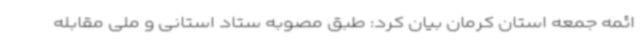
ائمه جمعه استان کرمان بیان کرد: طبق مصوبه ستاد استانی و ملی مقابله